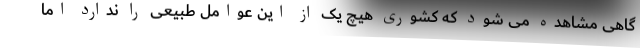
گاهی مشاهده می شود که کشوری هیچ یک از این عوامل طبیعی را ندارد اما